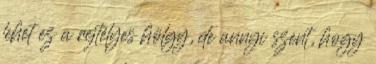
lehet ez a rejtélyes hölgy, de annyi szent, hogy